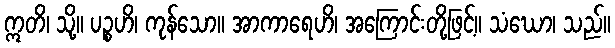
ဣတိ၊ သို့။ ပဉ္စဟိ၊ ကုန်သော။ အာကာရေဟိ၊ အကြောင်းတို့ဖြင့်။ သံဃော၊ သည်။